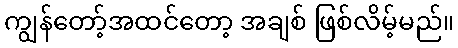
ကျွန်တော့်အထင်တော့ အချစ် ဖြစ်လိမ့်မည်။